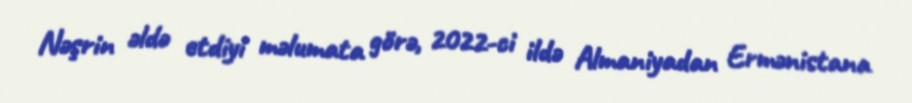
Nəşrin əldə etdiyi məlumata görə, 2022-ci ildə Almaniyadan Ermənistana